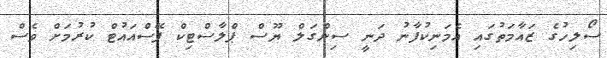
ސޯލިހުގެ ޒައާމަތުގައި އެމަނިކުފާނު ދަނީ ސިންގަލް ޔޫސް ޕްލާސްޓިކް ފޭސްއައުޓް ކުރުމަށް ވެސް